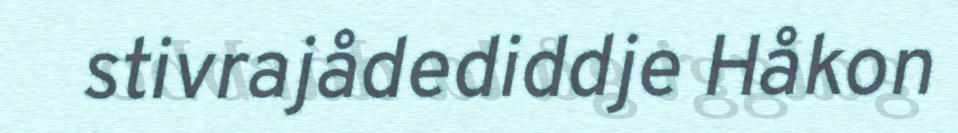
stivrajådediddje Håkon